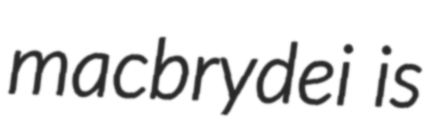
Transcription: macbrydei is